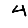
Digit: 4